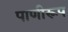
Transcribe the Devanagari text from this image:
पाणीरूप